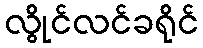
လွိုင်လင်ခရိုင်